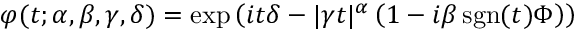
\varphi ( t ; \alpha , \beta , \gamma , \delta ) = \exp \left( i t \delta - | \gamma t | ^ { \alpha } \left( 1 - i \beta \operatorname { s g n } ( t ) \Phi \right) \right)